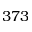
3 7 3